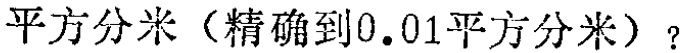
平方分米（精确到0.01平方分米）?